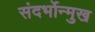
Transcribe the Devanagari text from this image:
संदर्भोन्मुख